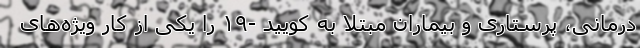
درمانی، پرستاری و بیماران مبتلا به کویید -۱۹ را یکی از کار ویژه‌های